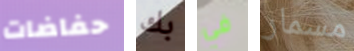
حفاضات بك في مسمار